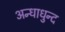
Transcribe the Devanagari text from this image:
अन्धाधुन्द